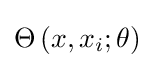
\Theta \left(x,x_{i};\theta \right)